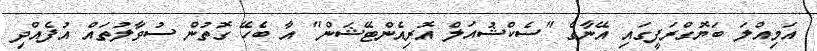
އަމިއްލަ ބަޔޮގްރަފީގައި އޭނާގެ "ސެކްޝުއަލް އޮރިއެންޓޭޝަން" އާ ބެހޭ ގޮތުން ސުވާލުތައް އުފެއްދި